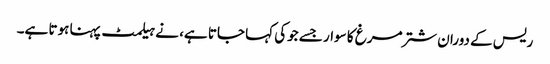
ریس کے دوران شترمرغ کا سوار جسے جوکی کہا جاتا ہے، نے ہیلمٹ پہنا ہوتا ہے۔